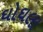
ઘોઘલા